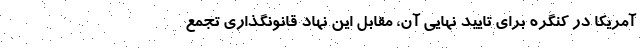
آمریکا در کنگره برای تایید نهایی آن، مقابل این نهاد قانونگذاری تجمع